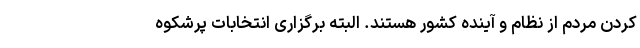
کردن مردم از نظام و آینده کشور هستند. البته برگزاری انتخابات پرشکوه